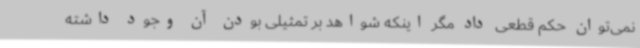
نمی‌توان حکم قطعی داد مگر اینکه شواهد بر تمثیلی بودن آن وجود داشته